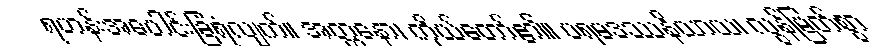
ရဟန်းအပေါင်းခြံရံလျက်။ အတ္တနော၊ ကိုယ်တော်၏။ ပရမဒဿနိယာယ၊ လွန်မြတ်စွာ